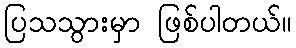
ပြသသွားမှာ ဖြစ်ပါတယ်။